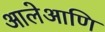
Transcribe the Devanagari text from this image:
आलेआणि